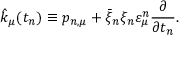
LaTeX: \hat { k } _ { \mu } ( t _ { n } ) \equiv p _ { n , \mu } + \bar { \xi } _ { n } \xi _ { n } \varepsilon _ { \mu } ^ { n } \frac { \partial } { { \partial t _ { n } } } .